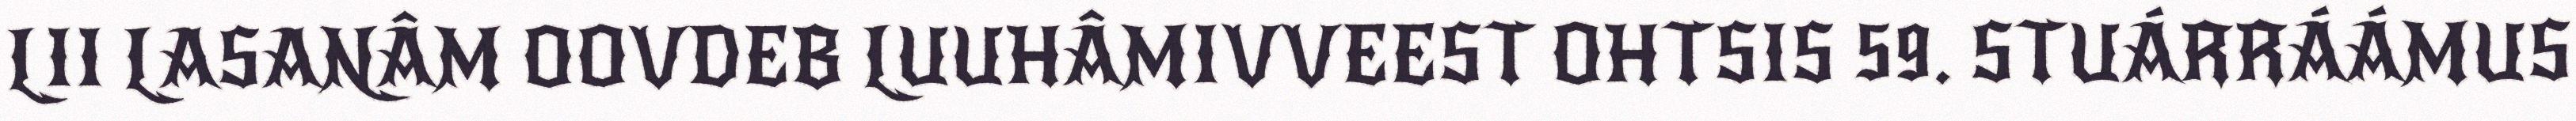
LII LASANÂM OOVDEB LUUHÂMIVVEEST OHTSIS 59. STUÁRRÁÁMUS